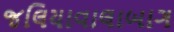
જલિયાવાલાબાગ